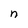
Character: n